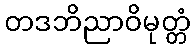
တဒဘိညာဝိမုတ္တံ